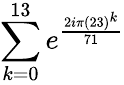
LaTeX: \sum_{k=0}^{13}e^{\frac{2i\pi(23)^{k}}{71}}